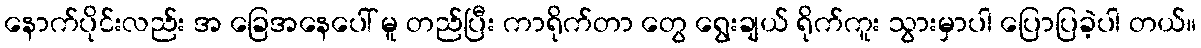
နောက်ပိုင်းလည်း အ ခြေအနေပေါ် မူ တည်ပြီး ကာရိုက်တာ တွေ ရွေးချယ် ရိုက်ကူး သွားမှာပါ ပြောပြခဲ့ပါ တယ်။